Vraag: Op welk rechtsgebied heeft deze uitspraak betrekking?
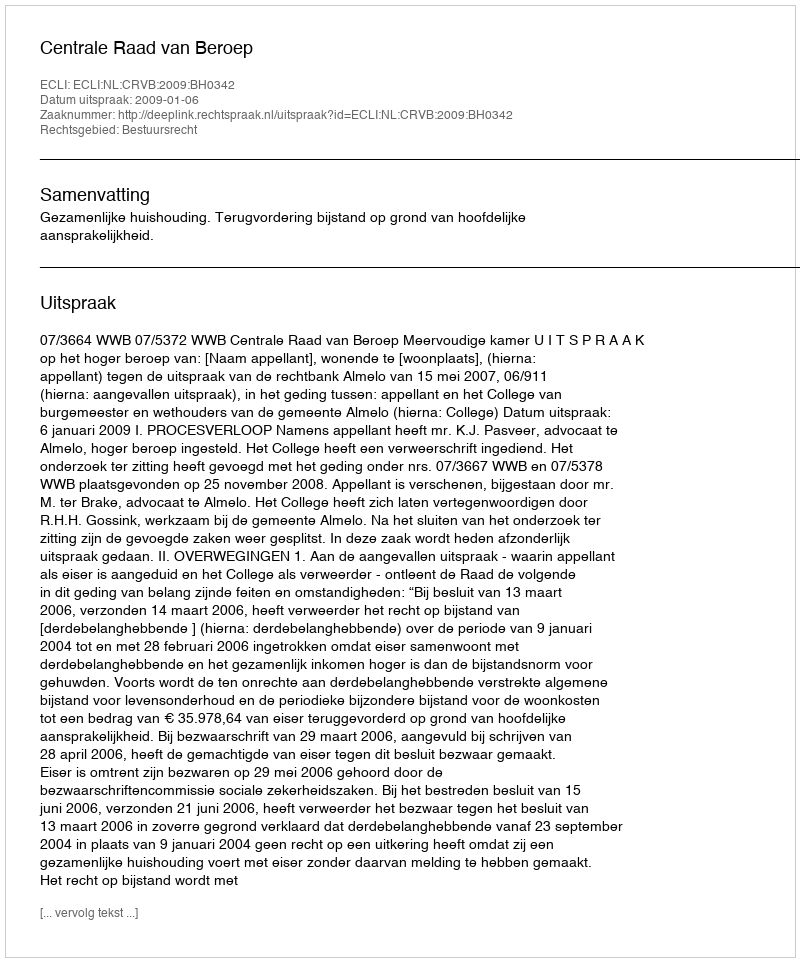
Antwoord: Bestuursrecht